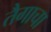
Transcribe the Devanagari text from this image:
तैगाचा